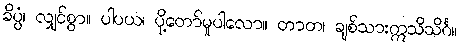
ခိပ္ပံ၊ လျှင်စွာ။ ပါပယ၊ ပို့တော်မူပါလော။ တာတ၊ ချစ်သားဣသိသိင်္ဂ။